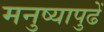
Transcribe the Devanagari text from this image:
मनुष्यापुढें